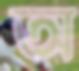
অ